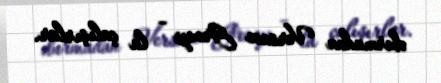
durmadan Versace Group – la çalışırlar.